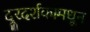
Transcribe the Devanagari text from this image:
दूरदर्शकामधून